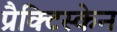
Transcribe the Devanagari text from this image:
प्रैक्टिस्केन